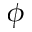
\phi